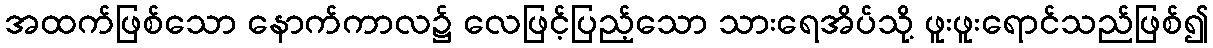
အထက်ဖြစ်သော နောက်ကာလ၌ လေဖြင့်ပြည့်သော သားရေအိပ်သို့ ဖူးဖူးရောင်သည်ဖြစ်၍